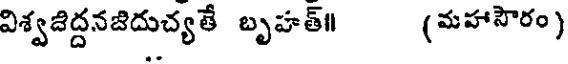
విశ్వజిద్దనజిదుచ్యతే బృహత్॥ (మహాసౌరం)